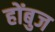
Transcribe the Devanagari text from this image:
होंबुज